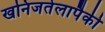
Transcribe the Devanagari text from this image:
खनिजतेलापैकी